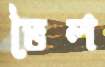
ভৈল